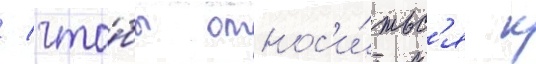
/ что́бы относ'и́тьс'я к